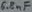
Text: 68µf